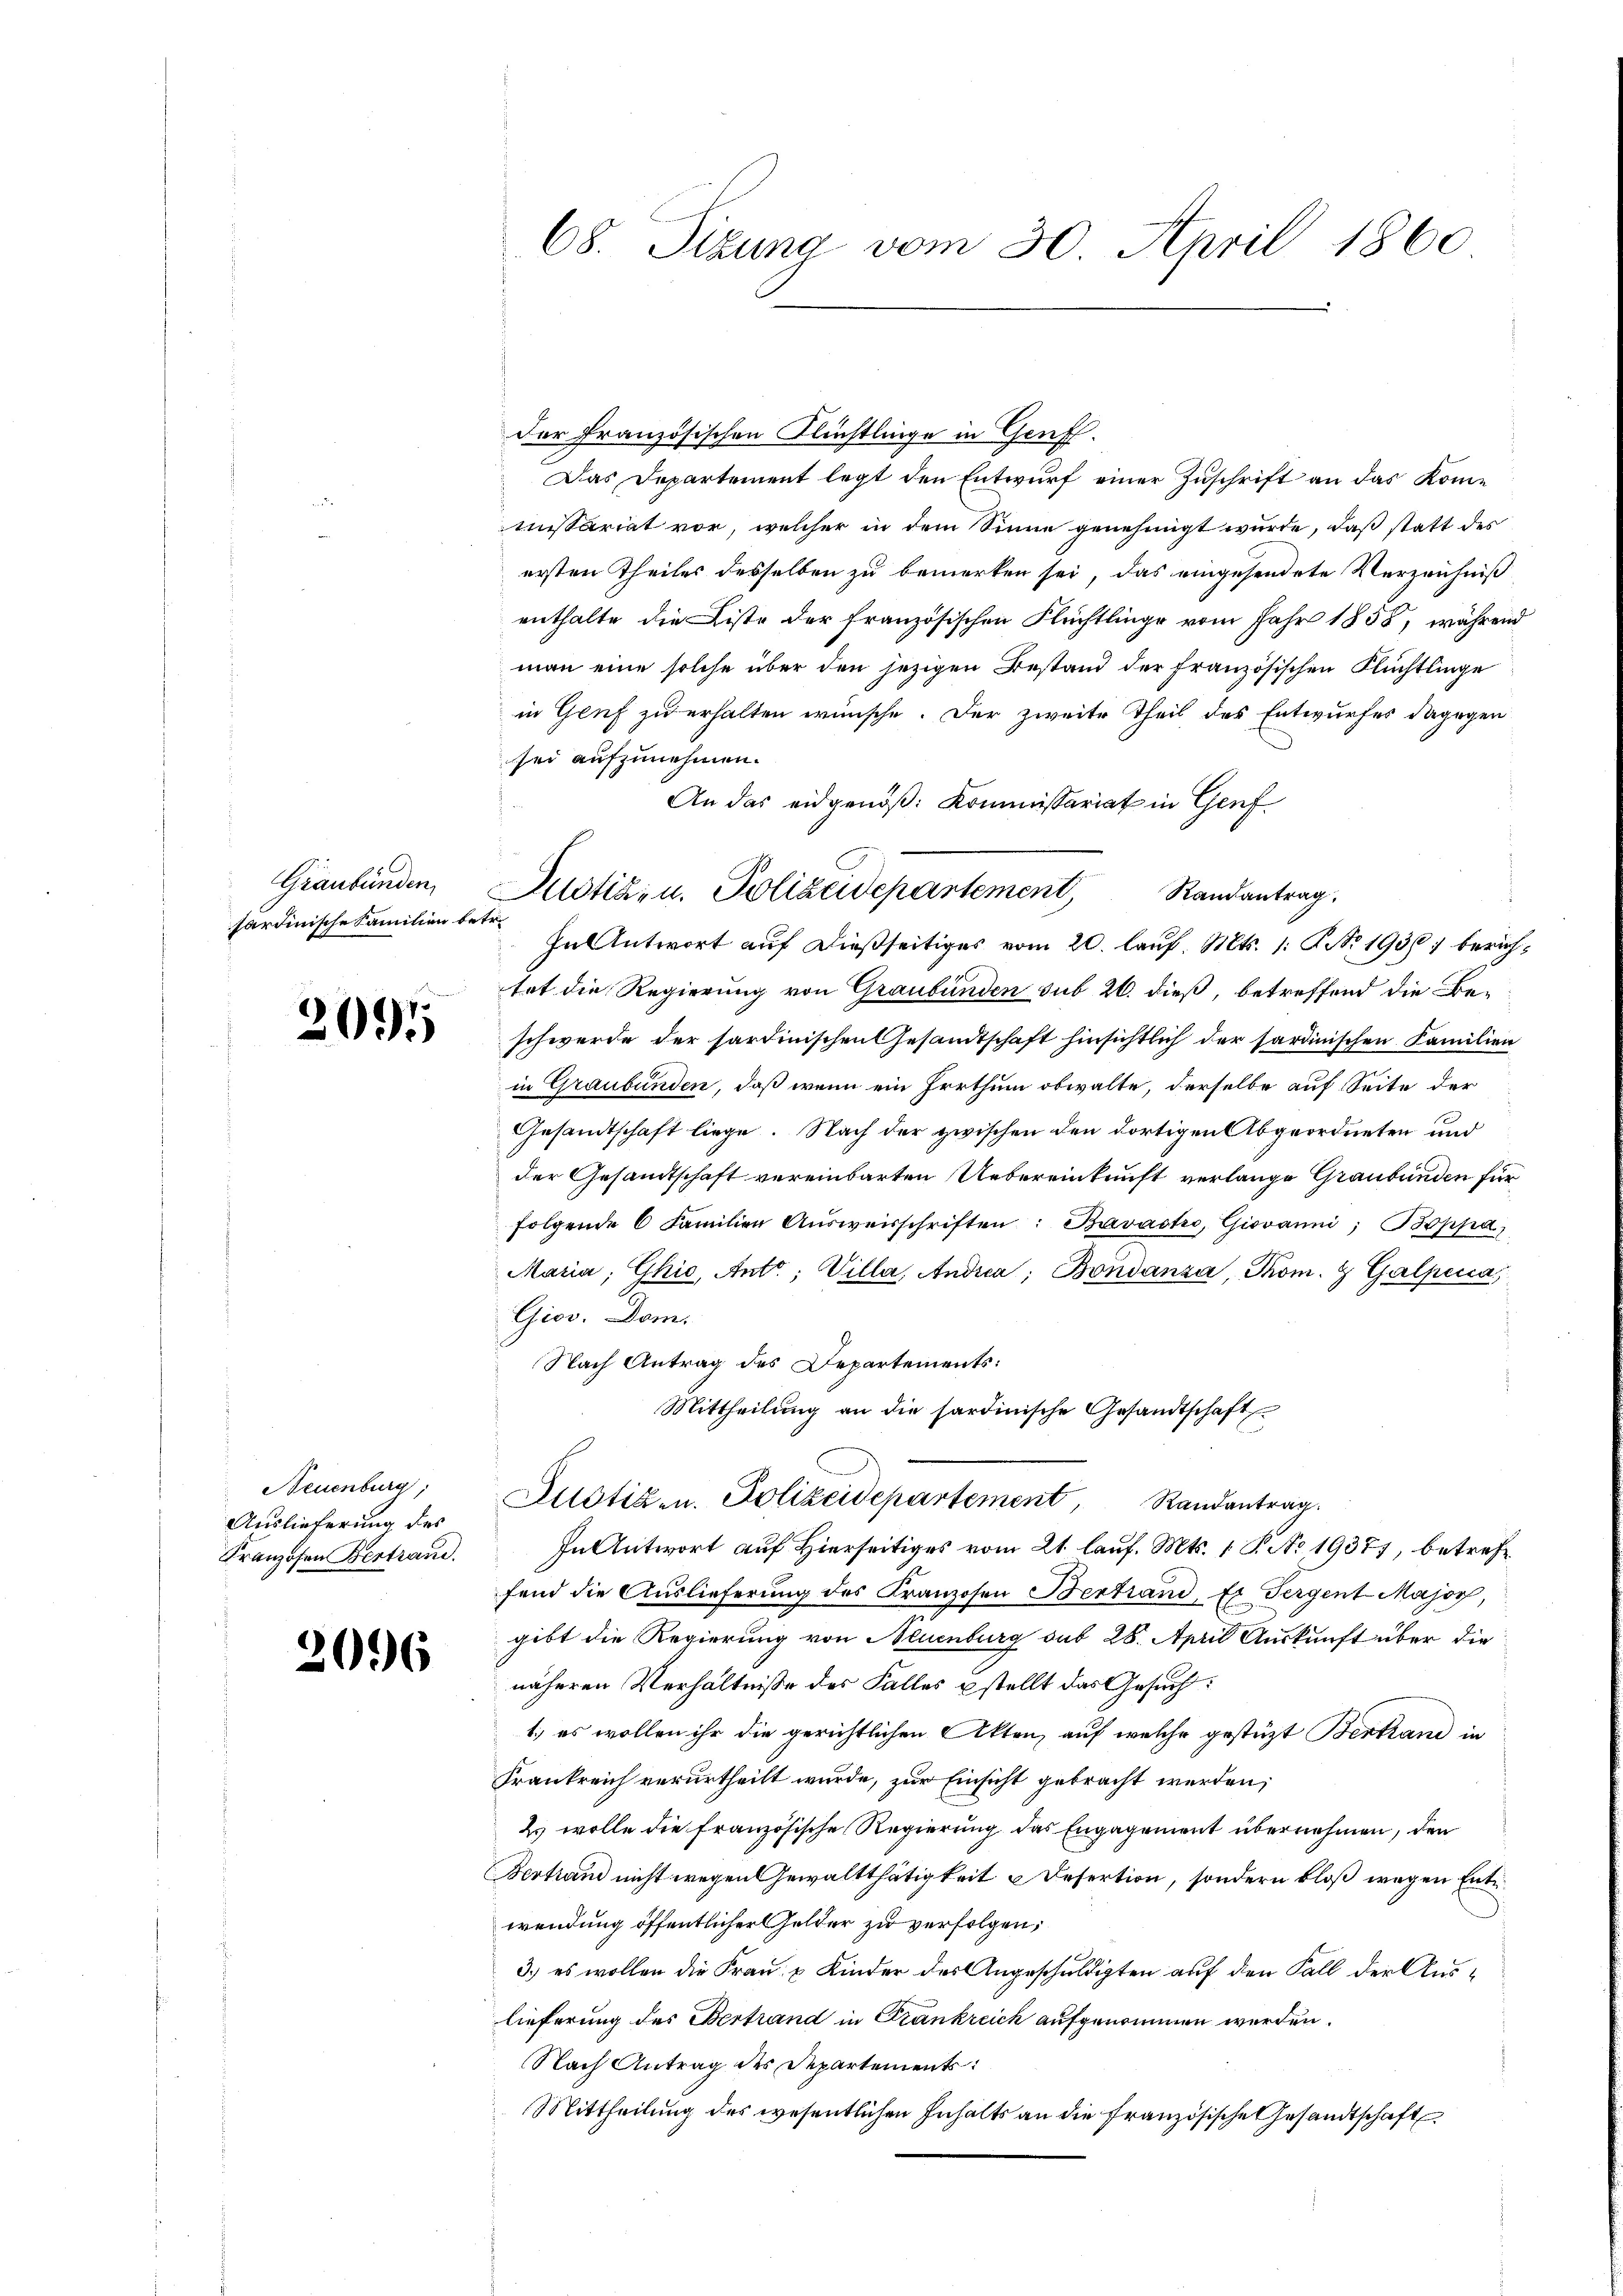
sardinische Familien betr.

Neuenburg,
Auslieferung des
Franzosen Bertrand.

2096

68. Sizung vom 30. April 1860

der französischen Flüchtlinge in Genf.
Das Departement legt den Entwurf einer Zuschrift an das Kommissariat vor, welcher in dem Sinne genehmigt wurde, daß statt des
ersten Theiles desselben zu bemerken sei, das eingesendete Verzeichniß
enthalte, die Liste der französischen Flüchtlinge vom Jahr 1858, während
man eine solche über den jezigen Bestand der französischen Flüchtlinge
in Genf zu erhalten wünsche. Der zweite Theil des Entwurfes dagegen
sei aufzunehmen.
An das eidgenöß: Kommissariat in Genf
Graubünden, Justiz- u. Polizeidepartement,
Randantrag,
In Antwort auf dießseitiges vom 20. lauf. Mts. 1: P. No. 1936. berichtet die Regierung von Graubünden sub 26. dieß, betreffend die Be-
 schwerde der sardinischen Gesandtschaft hinsichtlich der Sardinischen Familien
in Graubünden, daß wenn ein Irrthum obwalte, derselbe auf Seite der
Gesandtschaft liege. Nach der zwischen den dortigen Abgeordneten und
der Gesandtschaft vereinbarten Uebereinkunft verlange Graubünden für
folgende 6 Familien Aŭsweisschriften: Bavastro, Giovanni; Boppa
Maria Ghio, Anto; Villa, Andrca, Bondanza, Tom. 7 Galpinia,
Gior. Dom.
Nach Antrag des Departements:
Mittheilŭng an die sardinische Gesandtschaft
Justiz- u. Polizeidepartement, Randantrag.
In Antwort auf Hierseitiges vom 21. lauf. Mts. 1 P. No 19377, betreffend die Auslieferung des Kranzosen Bertrand, Er Sergent Major,
gibt die Regierung von Neuenburg sub 28. April Auskunft über die
näheren Verhältnisse des Falles stellt das Gesuch
1; es wollen ihr die gerichtlichen Akten, auf welche gestüzt Bertand in
Frankreich verurtheilt wurde, zur Einsicht gebracht werden;
2. wolle die französische Regierung das Engagement übernehmen, den
Bertrand nicht wegen Gewaltthätigkeit Desertion, sondern bloß wegen Entwendung öffentlicher Gelder zu verfolgen,
3.) es wollen die Frau u Kinder des Angeschuldigten auf den Fall der Auslieferung des Bertrand in Krankreich aufgenommen werden.
Nach Antrag des Departements:
Mittheilung des wesentlichen Inhalts an die französische Gesandtschaft